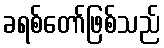
ခရစ်တော်ဖြစ်သည်